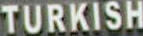
TURKISH